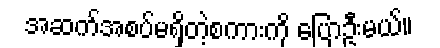
အဆက်အစပ်မရှိတဲ့စကားကို ပြောဦးမယ်။